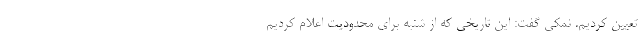
تعیین کردیم. نمکی گفت: این تاریخی که از شنبه برای محدودیت اعلام کردیم